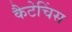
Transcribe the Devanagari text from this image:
कैटेचिंस